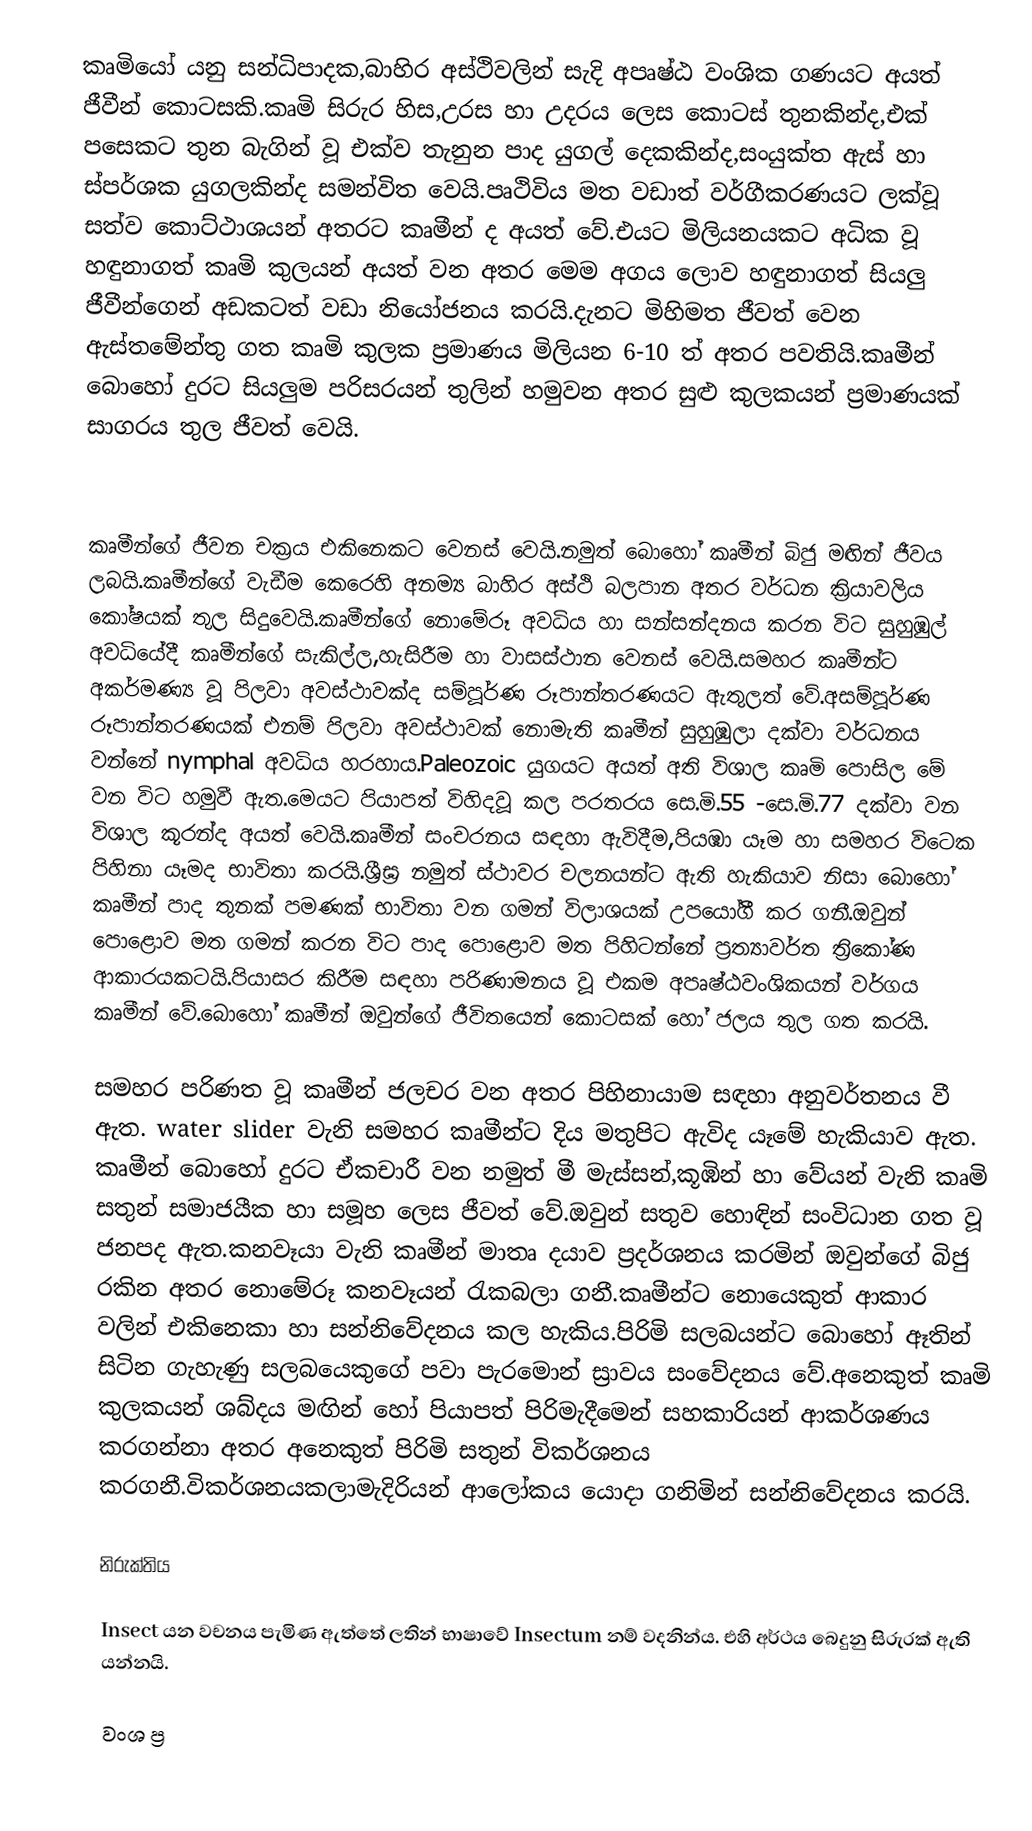
කෘමියෝ යනු සන්ධිපාදක,බාහිර අස්ථිවලින් සැදි  අපෘෂ්ඨ වංශික ගණයට අයත් ජීවීන් කොටසකි.කෘමි සිරුර හිස,උරස හා උදරය ලෙස කොටස් තුනකින්ද,එක් පසෙකට තුන බැගින් වූ එක්ව තැනුන පාද යුගල් දෙකකින්ද,සංයුක්ත ඇස් හා ස්පර්ශක යුගලකින්ද සමන්විත වෙයි.පෘථිවිය මත වඩාත් වර්ගීකරණයට ලක්වූ සත්ව කොට්ථාශයන් අතරට කෘමීන් ද අයත් වේ.එයට මිලියනයකට අධික වූ හඳුනාගත් කෘමි කුලයන් අයත් වන අතර මෙම අගය ලොව හඳුනාගත් සියලු ජීවීන්ගෙන් අඩකටත් වඩා නියෝජනය කරයි.දැනට මිහිමත ජීවත් වෙන ඇස්තමේන්තු ගත කෘමි කුලක ප්‍රමාණය මිලියන 6-10 ත් අතර පවතියි.කෘමීන් බොහෝ දුරට සියලුම පරිසරයන් තුලින් හමුවන අතර සුළු කුලකයන් ප්‍රමාණයක් සාගරය තුල ජීවත් වෙයි.

කෘමීන්ගේ ජීවන චක්‍රය එකිනෙකට වෙනස් වෙයි.නමුත් බොහෝ කෘමීන් බිජු මඟින් ජීවය ලබයි.කෘමීන්ගේ වැඩීම කෙරෙහි අනම්‍ය බාහිර අස්ථි බලපාන අතර වර්ධන ක්‍රියාවලිය කෝෂයක් තුල සිදුවෙයි.කෘමීන්ගේ නොමේරූ අවධිය හා සන්සන්දනය කරන විට සුහුඹුල් අවධියේදී කෘමීන්ගේ සැකිල්ල,හැසිරීම හා වාසස්ථාන වෙනස් වෙයි.සමහර කෘමීන්ට අකර්මණ්‍ය වූ පිලවා අවස්ථාවක්ද සම්පූර්ණ රූපාන්තරණයට ඇතුලත් වේ.අසම්පූර්ණ රූපාන්තරණයක් එනම් පිලවා අවස්ථාවක් නොමැති කෘමීන් සුහුඹුලා දක්වා වර්ධනය වන්නේ nymphal අවධිය හරහාය.Paleozoic යුගයට අයත් අති විශාල කෘමි පොසිල මේ වන විට හමුවී ඇත.මෙයට පියාපත් විහිදවූ කල පරතරය සෙ.මි.55 -සෙ.මි.77 දක්වා වන විශාල කූරන්ද අයත් වෙයි.කෘමීන් සංචරනය සඳහා ඇවිදීම,පියඹා යෑම හා සමහර විටෙක පිහිනා යෑමද භාවිතා කරයි.ශ්‍රීඝ්‍ර නමුත් ස්ථාවර චලනයන්ට ඇති හැකියාව නිසා බොහෝ කෘමීන් පාද තුනක් පමණක් භාවිතා වන ගමන් විලාශයක් උපයෝගී කර ගනී.ඔවුන් පොළොව මත ගමන් කරන විට පාද පොළොව මත පිහිටන්නේ ප්‍රත්‍යාවර්ත ත්‍රිකෝණ ආකාරයකටයි.පියාසර කිරීම සඳහා පරිණාමනය වූ එකම අපෘෂ්ඨවංශිකයන් වර්ගය කෘමීන් වේ.බොහෝ කෘමීන් ඔවුන්ගේ ජීවිතයෙන් කොටසක් හෝ ජලය තුල ගත කරයි.

සමහර පරිණත වූ කෘමීන් ජලචර වන අතර පිහිනායාම සඳහා අනුවර්තනය වී ඇත. water slider වැනි සමහර කෘමීන්ට දිය මතුපිට ඇවිද යෑමේ හැකියාව ඇත. කෘමීන් බොහෝ දුරට ඒකචාරී වන නමුත් මී මැස්සන්,කූඹින් හා වේයන් වැනි කෘමි සතුන් සමාජයීක හා සමූහ ලෙස ජීවත් වේ.ඔවුන් සතුව හොඳින් සංවිධාන ගත වූ ජනපද ඇත.කනවෑයා වැනි කෘමීන් මාතෘ දයාව ප්‍රදර්ශනය කරමින් ඔවුන්ගේ බිජු රකින අතර නොමේරූ කනවෑයන් රැකබලා ගනී.කෘමීන්ට නොයෙකුත් ආකාර වලින් එකිනෙකා හා සන්නිවේදනය කල හැකිය.පිරිමි සලබයන්ට බොහෝ ඈතින් සිටින ගැහැණු සලබයෙකුගේ පවා පැරමොන් ස්‍රාවය සංවේදනය වේ.අනෙකුත් කෘමි කුලකයන් ශබ්දය මඟින් හෝ පියාපත් පිරිමැදීමෙන් සහකාරියන් ආකර්ශණය කරගන්නා අතර අනෙකුත් පිරිමි සතුන් විකර්ශනය කරගනී.විකර්ශනයකලාමැදිරියන් ආලෝකය යොදා ගනිමින් සන්නිවේදනය කරයි.

නිරුක්තිය

Insect යන වචනය පැමිණ ඇත්තේ ලතින් භාෂාවේ Insectum නම් වදනින්ය. එහි අර්ථය බෙදුනු සිරුරක් ඇති යන්නයි.

වංශ ප්‍ර